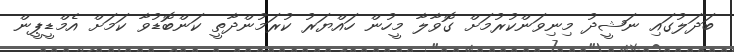
ބަދަލުގައި ނަޝީދު މިނިވަންކުރުމަށް ގޮވާލާ މީހުން ހައްޔަރު ކުރަމުންދާތީ ކަންބޮޑުވާ ކަމަށް އެމްޑީޕީން